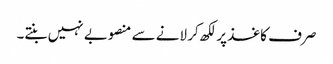
صرف کاغذ پر لکھ کر لانے سے منصوبے نہیں بنتے۔